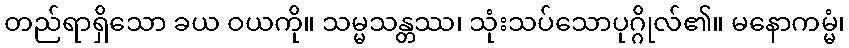
တည်ရာရှိသော ခယ ဝယကို။ သမ္မသန္တဿ၊ သုံးသပ်သောပုဂ္ဂိုလ်၏။ မနောကမ္မံ၊